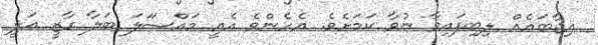
އިޖާބައެއް ލިބިފައިވާ ނުވާ ކަމަށެވެ. އެހެންވެ އެއީ މައްސަަލަ ބަލާ ގާޒީ އަލީ